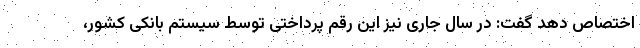
اختصاص دهد گفت: در سال جاری نیز این رقم پرداختی توسط سیستم بانکی کشور،